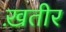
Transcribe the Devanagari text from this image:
ख़तीर